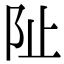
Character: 阯